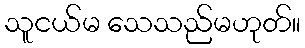
သူငယ်မ သေသည်မဟုတ်။